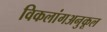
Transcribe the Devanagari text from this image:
विकलांगअनुकूल